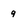
Character: 9